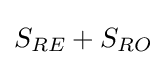
S_{RE}+S_{RO}